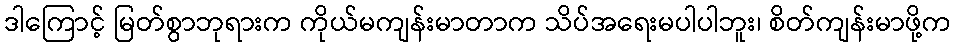
ဒါကြောင့် မြတ်စွာဘုရားက ကိုယ်မကျန်းမာတာက သိပ်အရေးမပါပါဘူး၊ စိတ်ကျန်းမာဖို့က